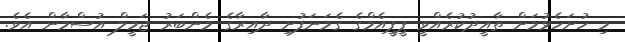
މި ހުށަހެޅުމަށް ތާއީދުކުރެއްވީ ޕީޕީއެމްގެ ގެމަނަފުށި ދާއިރާގެ މެންބަރު ޖަމީލް އުސްމާން އެވެ.